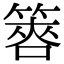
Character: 𥰫